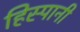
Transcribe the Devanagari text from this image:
हिस्पानी